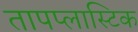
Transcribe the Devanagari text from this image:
तापप्लास्टिक